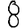
Digit: 8